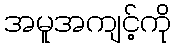
အမူအကျင့်ကို